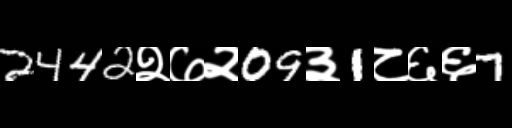
Text: 2442२७२09३1८६६7